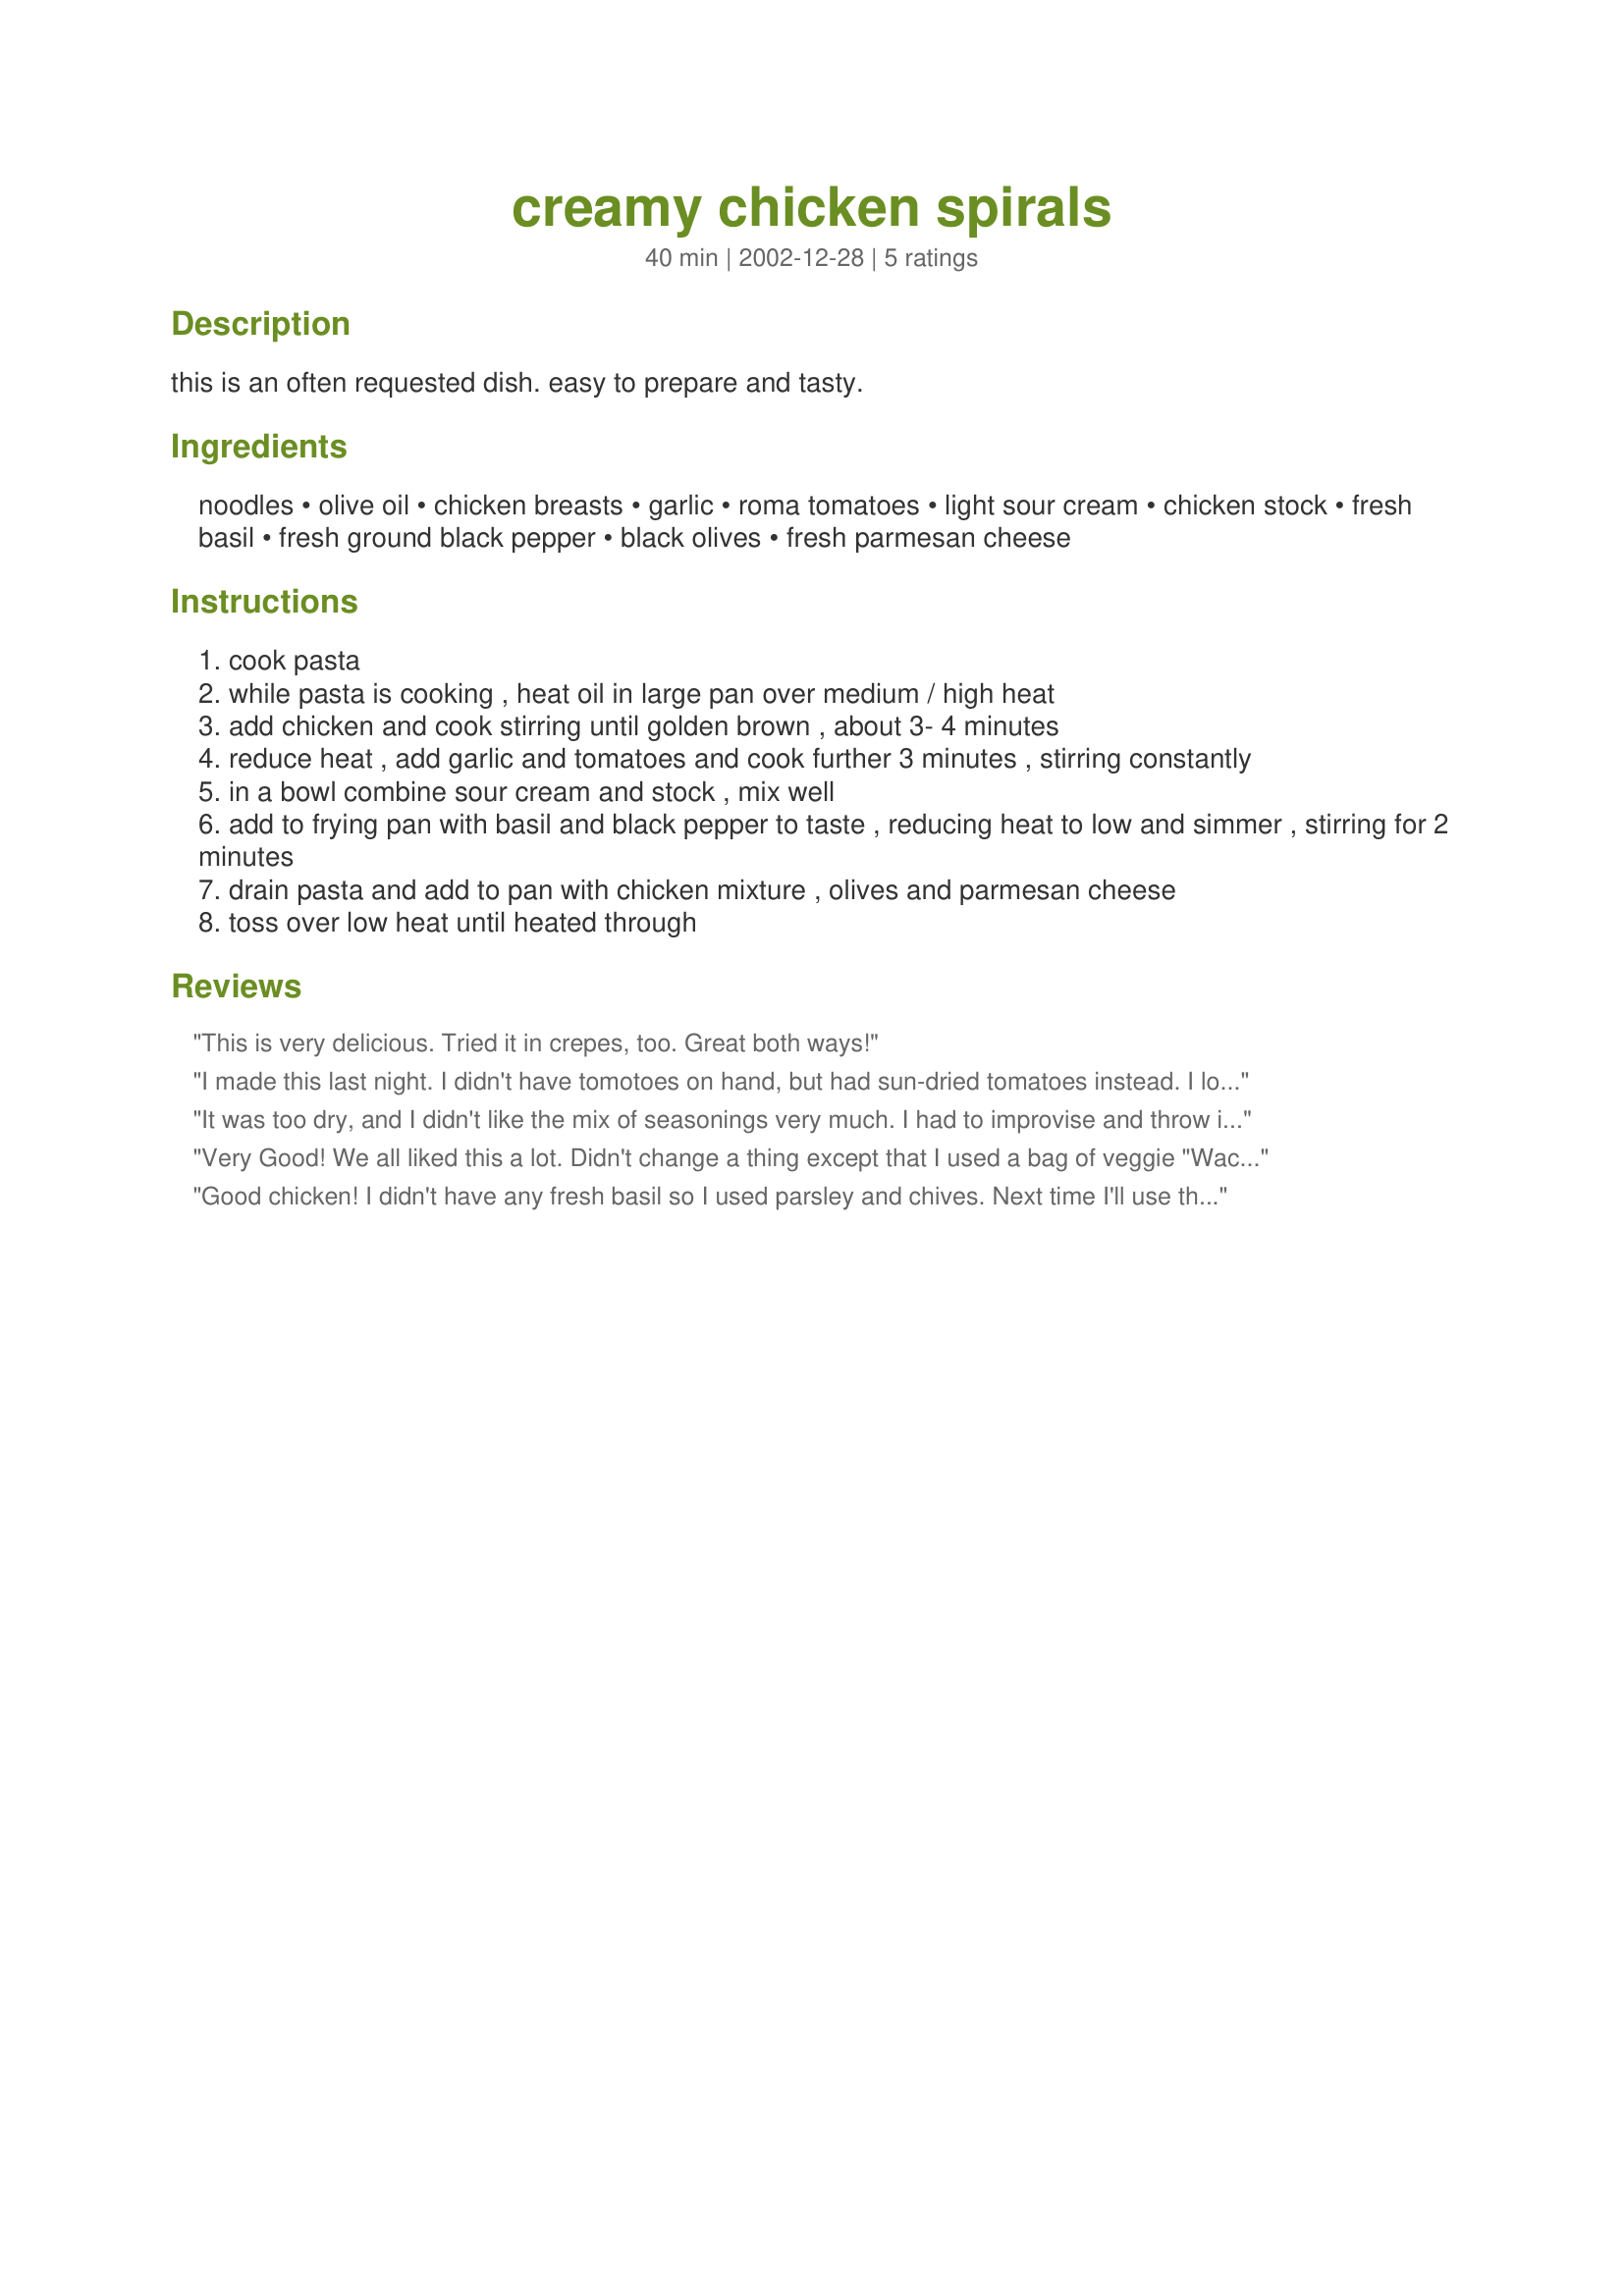
creamy chicken spirals
Preparation time: 40 minutes

this is an often requested dish. easy to prepare and tasty.

Ingredients:
noodles, olive oil, chicken breasts, garlic, roma tomatoes, light sour cream, chicken stock, fresh basil, fresh ground black pepper, black olives, fresh parmesan cheese

Steps:
cook pasta
while pasta is cooking , heat oil in large pan over medium / high heat
add chicken and cook stirring until golden brown , about 3- 4 minutes
reduce heat , add garlic and tomatoes and cook further 3 minutes , stirring constantly
in a bowl combine sour cream and stock , mix well
add to frying pan with basil and black pepper to taste , reducing heat to low and simmer , stirring for 2 minutes
drain pasta and add to pan with chicken mixture , olives and parmesan cheese
toss over low heat until heated through

Reviews:
This is very delicious. Tried it in crepes, too. Great both ways!
I made this last night. I didn't have tomotoes on hand, but had sun-dried tomatoes instead. I loved it!
It was too dry, and I didn't like the mix of seasonings very much. I had to improvise and throw in 2 cans of mushroom soup diluted in water. :)
Very Good! We all liked this a lot. Didn't change a thing except that I used a bag of veggie "Wacky Mac" (all diiferent shaped pastas)instead of just spirals.
I definitely will be making this again.
Thanks!
Good chicken! I didn't have any fresh basil so I used parsley and chives. Next time I'll use the basil. I'm hoping for leftovers so I can take it to work for lunch tomorrow.
